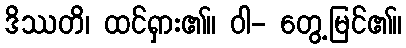
ဒိဿတိ၊ ထင်ရှား၏။ ဝါ- တွေ့မြင်၏။